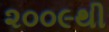
૨૦૦૯થી